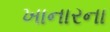
ખાનારના